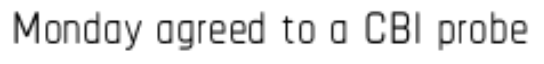
Monday agreed to a CBI probe